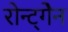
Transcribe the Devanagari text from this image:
रोन्ट्गेेन